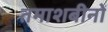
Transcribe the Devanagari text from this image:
तमाशबीनों